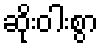
ဆိုးဝါးစွာ